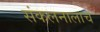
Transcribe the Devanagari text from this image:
संकलनालाच